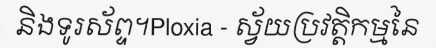
និងទូរស័ព្ទ។Ploxia - ស្វ័យប្រវត្តិកម្មនៃ